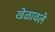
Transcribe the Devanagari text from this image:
खेळावले